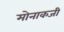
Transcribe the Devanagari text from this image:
मोनाकजी